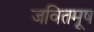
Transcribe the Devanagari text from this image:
जवितमूष